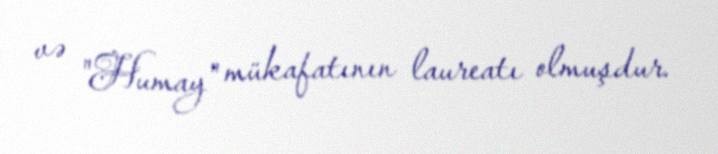
və "Humay" mükafatının laureatı olmuşdur.